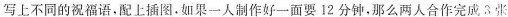
写上不同的祝福语，配上插图.如果一人制作好一面要12分钟，那么两人合作完成3张